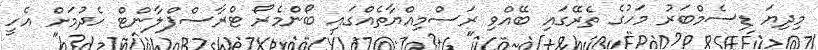
މިދިޔަ ޑިސެމްބަރު މަހުގެ ތެރޭގައި ބޭއްވި ރަސްމިއްޔާތެއްގައި ބޯންމެރޯ ޓްރާސްޕްލާންޓް ހެދުމަށް އެހީ